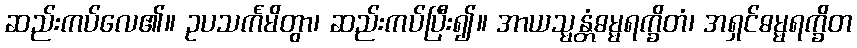
ဆည်းကပ်လေ၏။ ဥပသင်္ကမိတွာ၊ ဆည်းကပ်ပြီး၍။ အာယသ္မန္တံဓမ္မရက္ခိတံ၊ အရှင်ဓမ္မရက္ခိတ